Report of the Imperial Institute of Veterinary Research, Muktesar
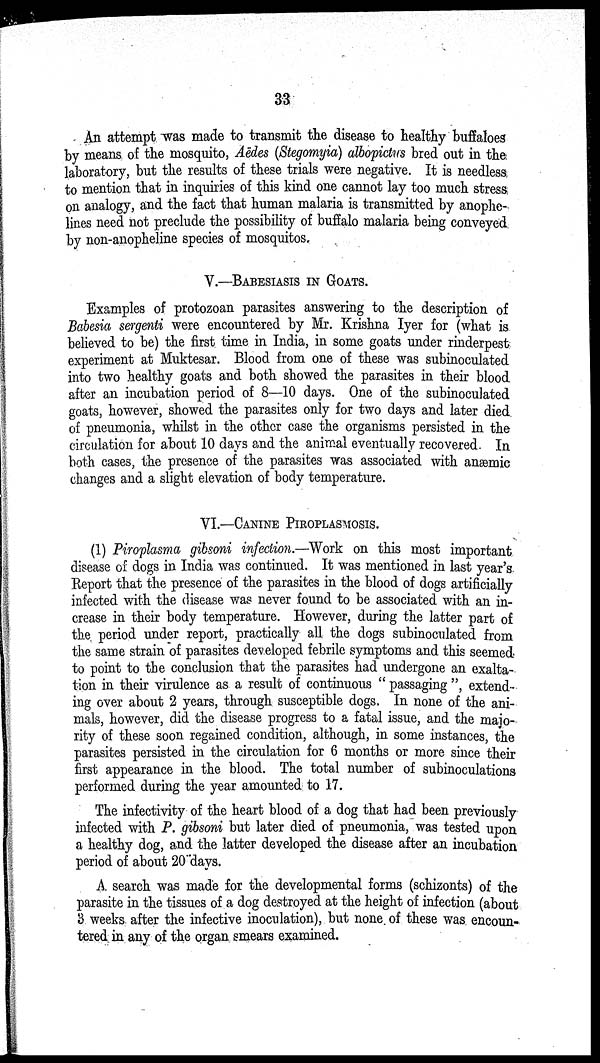
33
An attempt was made to transmit the disease to healthy buffaloes
by means of the mosquito, Aëdes (Stegomyia) albopictus bred out in the
laboratory, but the results of these trials were negative. It is needless
to mention that in inquiries of this kind one cannot lay too much stress
on analogy, and the fact that human malaria is transmitted by anophe-
lines need not preclude the possibility of buffalo malaria being conveyed
by non-anopheline species of mosquitos.
V.—BABESIASIS IN GOATS.
Examples of protozoan parasites answering to the description of
Babesia sergenti were encountered by Mr. Krishna Iyer for (what is
believed to be) the first time in India, in some goats under rinderpest
experiment at Muktesar. Blood from one of these was subinoculated
into two healthy goats and both showed the parasites in their blood
after an incubation period of 8—10 days. One of the subinoculated
goats, however, showed the parasites only for two days and later died
of pneumonia, whilst in the other case the organisms persisted in the
circulation for about 10 days and the animal eventually recovered. In
both cases, the presence of the parasites was associated with anæmic
changes and a slight elevation of body temperature.
VI.—CANINE PIROPLASMOSIS.
(1) Piroplasma gibsoni infection.—Work on this most important
disease of dogs in India was continued. It was mentioned in last year's
Report that the presence of the parasites in the blood of dogs artificially
infected with the disease was never found to be associated with an in-
crease in their body temperature. However, during the latter part of
the period under report, practically all the dogs subinoculated from
the same strain of parasites developed febrile symptoms and this seemed
to point to the conclusion that the parasites had undergone an exalta-
tion in their virulence as a result of continuous " passaging ", extend-
ing over about 2 years, through susceptible dogs. In none of the ani-
mals, however, did the disease progress to a fatal issue, and the majo-
rity of these soon regained condition, although, in some instances, the
parasites persisted in the circulation for 6 months or more since their
first appearance in the blood. The total number of subinoculations
performed during the year amounted to 17.
The infectivity of the heart blood of a dog that had been previously
infected with P. gibsoni but later died of pneumonia, was tested upon
a healthy dog, and the latter developed the disease after an incubation
period of about 20 days.
A search was made for the developmental forms (schizonts) of the
parasite in the tissues of a dog destroyed at the height of infection (about
3 weeks after the infective inoculation), but none of these was encoun-
tered in any of the organ smears examined.